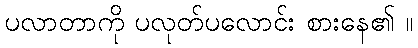
ပလာတာကို ပလုတ်ပလောင်း စားနေ၏ ။